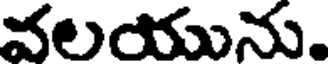
వలయును.